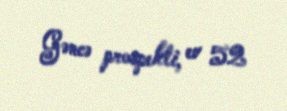
Gəncə prospekti, ev 52